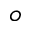
^ o